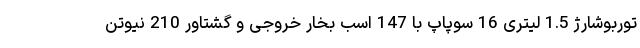
توربوشارژ 1.5 لیتری 16 سوپاپ با 147 اسب بخار خروجی و گشتاور 210 نیوتن